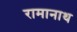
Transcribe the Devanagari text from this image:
रामानाथ